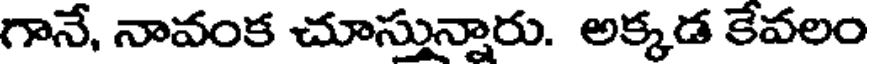
గానే, నావంక చూస్తున్నారు. అక్కడ కేవలం